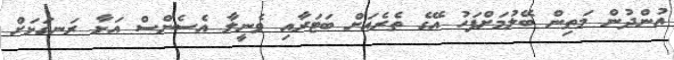
އުންދުން މަތިން ބޭލުމަށްފަހު އޭގެ ތެރެއަށް ބަޓަރާއި ވެނީލާ އެސެންސް އަޅާ ރަނގަޅަށް